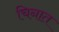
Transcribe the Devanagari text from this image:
चिनात